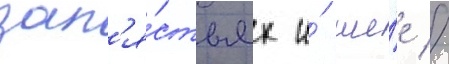
зап'я́стьях и́ ше́е //